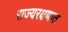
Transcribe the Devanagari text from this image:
राज्यरक्षणात